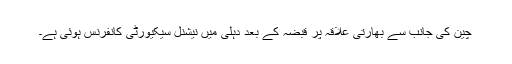
چین کی جانب سے بھارتی علاقہ پر قبضہ کے بعد دہلی میں نیشنل سیکیورٹی کانفرنس ہوئی ہے۔